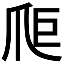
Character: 𤔋